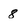
Character: 8